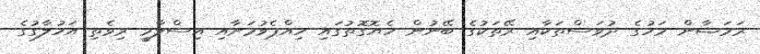
ރަމަޟާން މަހުގެ ދުވަސްތަކާއި ރޭތަކުގެ ބޭނުން ހެޔޮގޮތުގައި ހިއްޕެވުމަށާއި އިސްލާމީ ރިވެތި އަހުލާގުގެ